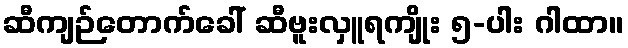
ဆီကျဉ်တောက်ခေါ် ဆီဗူးလှူရကျိုး ၅-ပါး ဂါထာ။